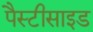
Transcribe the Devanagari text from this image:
पैस्टीसाइड